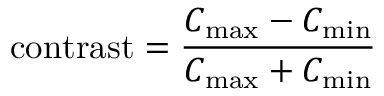
{ \mathrm { c o n t r a s t } } = { \frac { C _ { \operatorname* { m a x } } - C _ { \operatorname* { m i n } } } { C _ { \operatorname* { m a x } } + C _ { \operatorname* { m i n } } } }